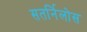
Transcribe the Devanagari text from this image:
सतर्निलोस